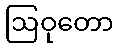
ဩဝုတော